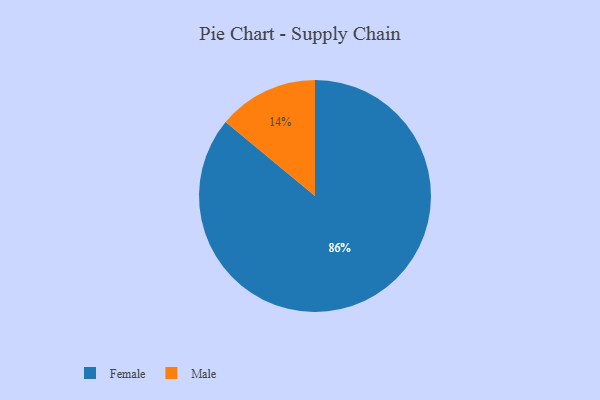
{"axis": {"x": "Category", "y": "Percentage"}, "legend": ["Female", "Male"], "data": [{"x": "Male", "y": 14, "type": "Male"}, {"x": "Female", "y": 86, "type": "Female"}]}